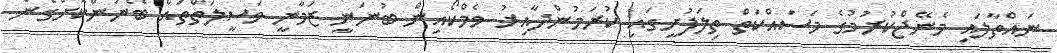
ނައްތާލައި މެނޭޖްކުރުމުގެ މަސައްކަތް ތިލަފުށީގައި ކުރަމުންދާއިރު ވެމްކޯއިން ބުނަނީ ޒަމާނީ ވަސީލަތްތައް ބޭނުންކޮށްގެން